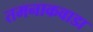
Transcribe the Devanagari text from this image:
तमनाकवाडा